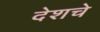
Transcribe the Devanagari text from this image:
देशचे